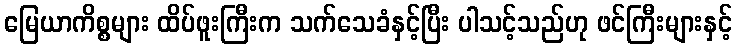
မြေယာကိစ္စများ ထိပ်ဖူးကြီးက သက်သေခံနှင့်ပြီး ပါသင့်သည်ဟု ဖင်ကြီးများနှင့်